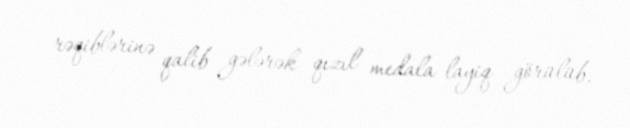
rəqiblərinə qalib gələrək qızıl medala layiq görülüb.